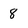
Character: 8